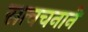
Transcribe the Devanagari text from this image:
सत्वचनाने